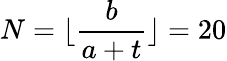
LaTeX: N=\lfloor\frac{b}{a+t}\rfloor=20